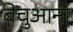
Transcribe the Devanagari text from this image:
बेचुआना